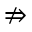
\nRightarrow